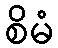
စိမံ